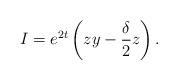
LaTeX: \begin{align*}I=e^{2t}\left( zy-{\frac{\delta}{2}z}\right) . \end{align*}